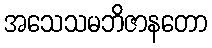
အသေသမဘိဇာနတော